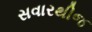
સવારથીજ